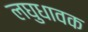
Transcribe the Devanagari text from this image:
लघुधावक